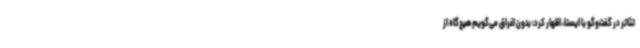
تئاتر در گفت‌وگو با ایسنا، اظهار کرد: بدون اغراق می‌گویم هیچ‌گاه از